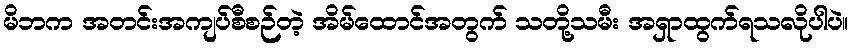
မိဘက အတင်းအကျပ်စီစဉ်တဲ့ အိမ်ထောင်အတွက် သတို့သမီး အရှာထွက်ရသလိုပါပဲ။